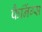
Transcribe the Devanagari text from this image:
फैनिंग्स